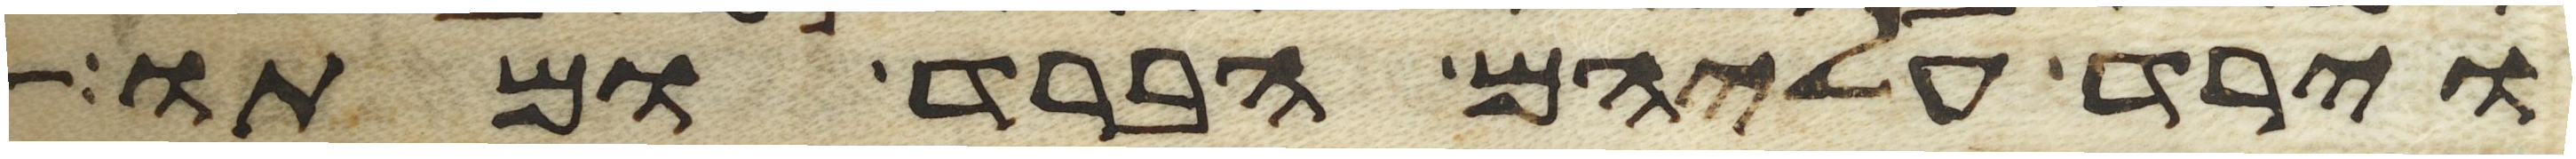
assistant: וירד עליהם הברד ומתו